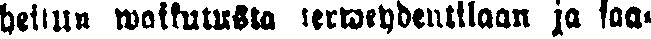
hettiin waikutusta terweydentilaan ja saa-